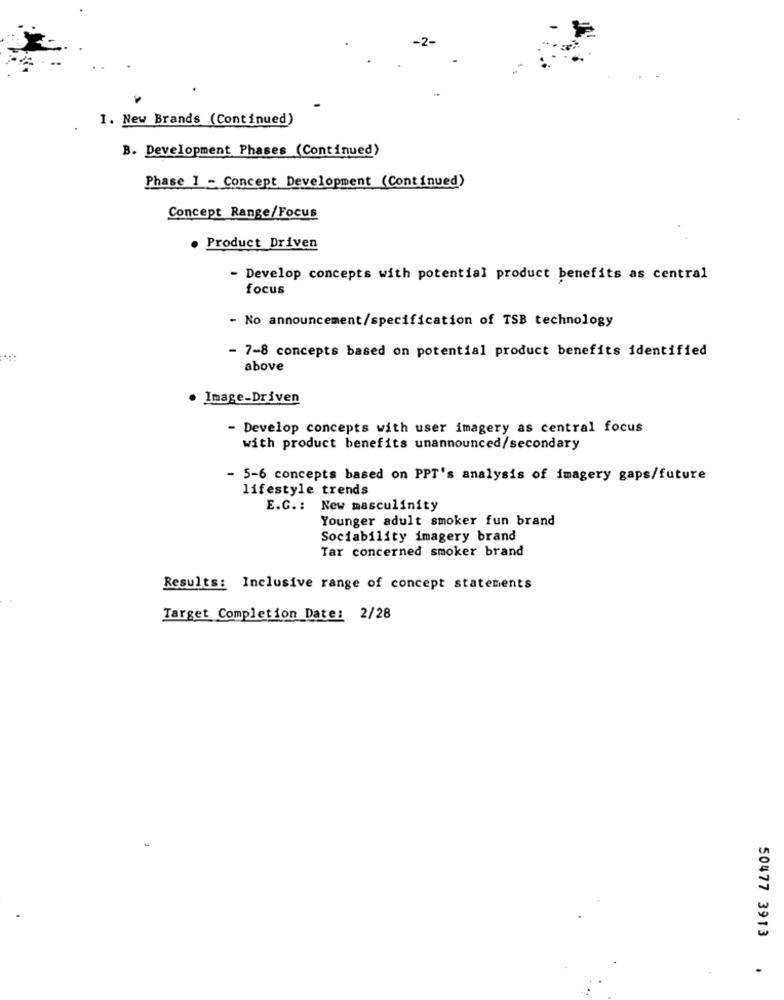
1. New Brands (Continued)
B. Development Phases (Continued)
Phase 1 - Concept Development (Continued)
Concept Range/Focus
. Product Driven
- Develop concepts with potential product benefits as central
focus
- No announcement/specification of TSB technology
- 7-8 concepts based on potential product benefits identified
above
· Image-Driven
- Develop concepts with user imagery as central focus
with product benefits unannounced/secondary
- 5-6 concepts based on PPT's analysis of imagery gaps/future
lifestyle trends
E.G .: New masculinity
Younger adult smoker fun brand
Sociability imagery brand
Tar concerned smoker brand
Results: Inclusive range of concept statements
Target Completion Date: 2/28
50477 3913